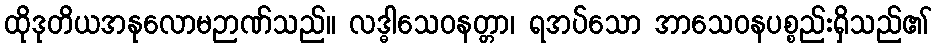
ထိုဒုတိယအနုလောမဉာဏ်သည်။ လဒ္ဓါသေဝနတ္တာ၊ ရအပ်သော အာသေဝနပစ္စည်းရှိသည်၏